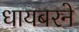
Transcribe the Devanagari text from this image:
धायबरने